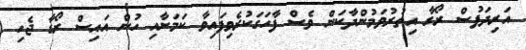
އަރިދަފުސް ރޯގާ އިތުރުވަމުންދާކަން ވެސް ފާހަގަކުރެވިފައިވާ ކަމަށާއި ހުން އައިސް ރޯގާ ޖެހި